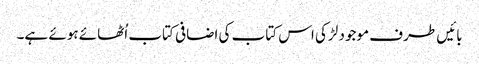
بائیں طرف موجود لڑکی اس کتاب کی اضافی کتاب اُٹھائے ہوئے ہے۔